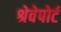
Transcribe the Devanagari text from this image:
श्रेवेपोर्ट